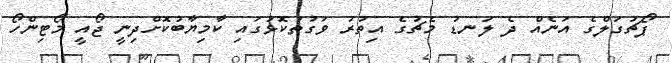
ޕޯޗުގަލްގެ އަނެއް ދެ ލަނޑު މެޗުގެ އިތުރު ވަގުތުކޮޅުގައި ކާމިޔާބުކޮށްދިނީ ޖޯއީ މޯޓިންހޯ